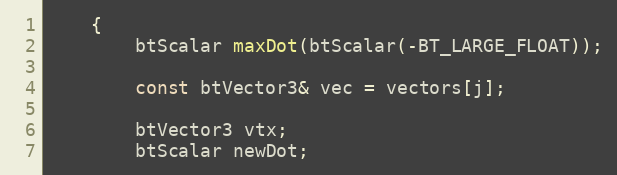
Language: C++
	{
		btScalar maxDot(btScalar(-BT_LARGE_FLOAT));

		const btVector3& vec = vectors[j];

		btVector3 vtx;
		btScalar newDot;